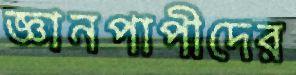
জ্ঞানপাপীদের